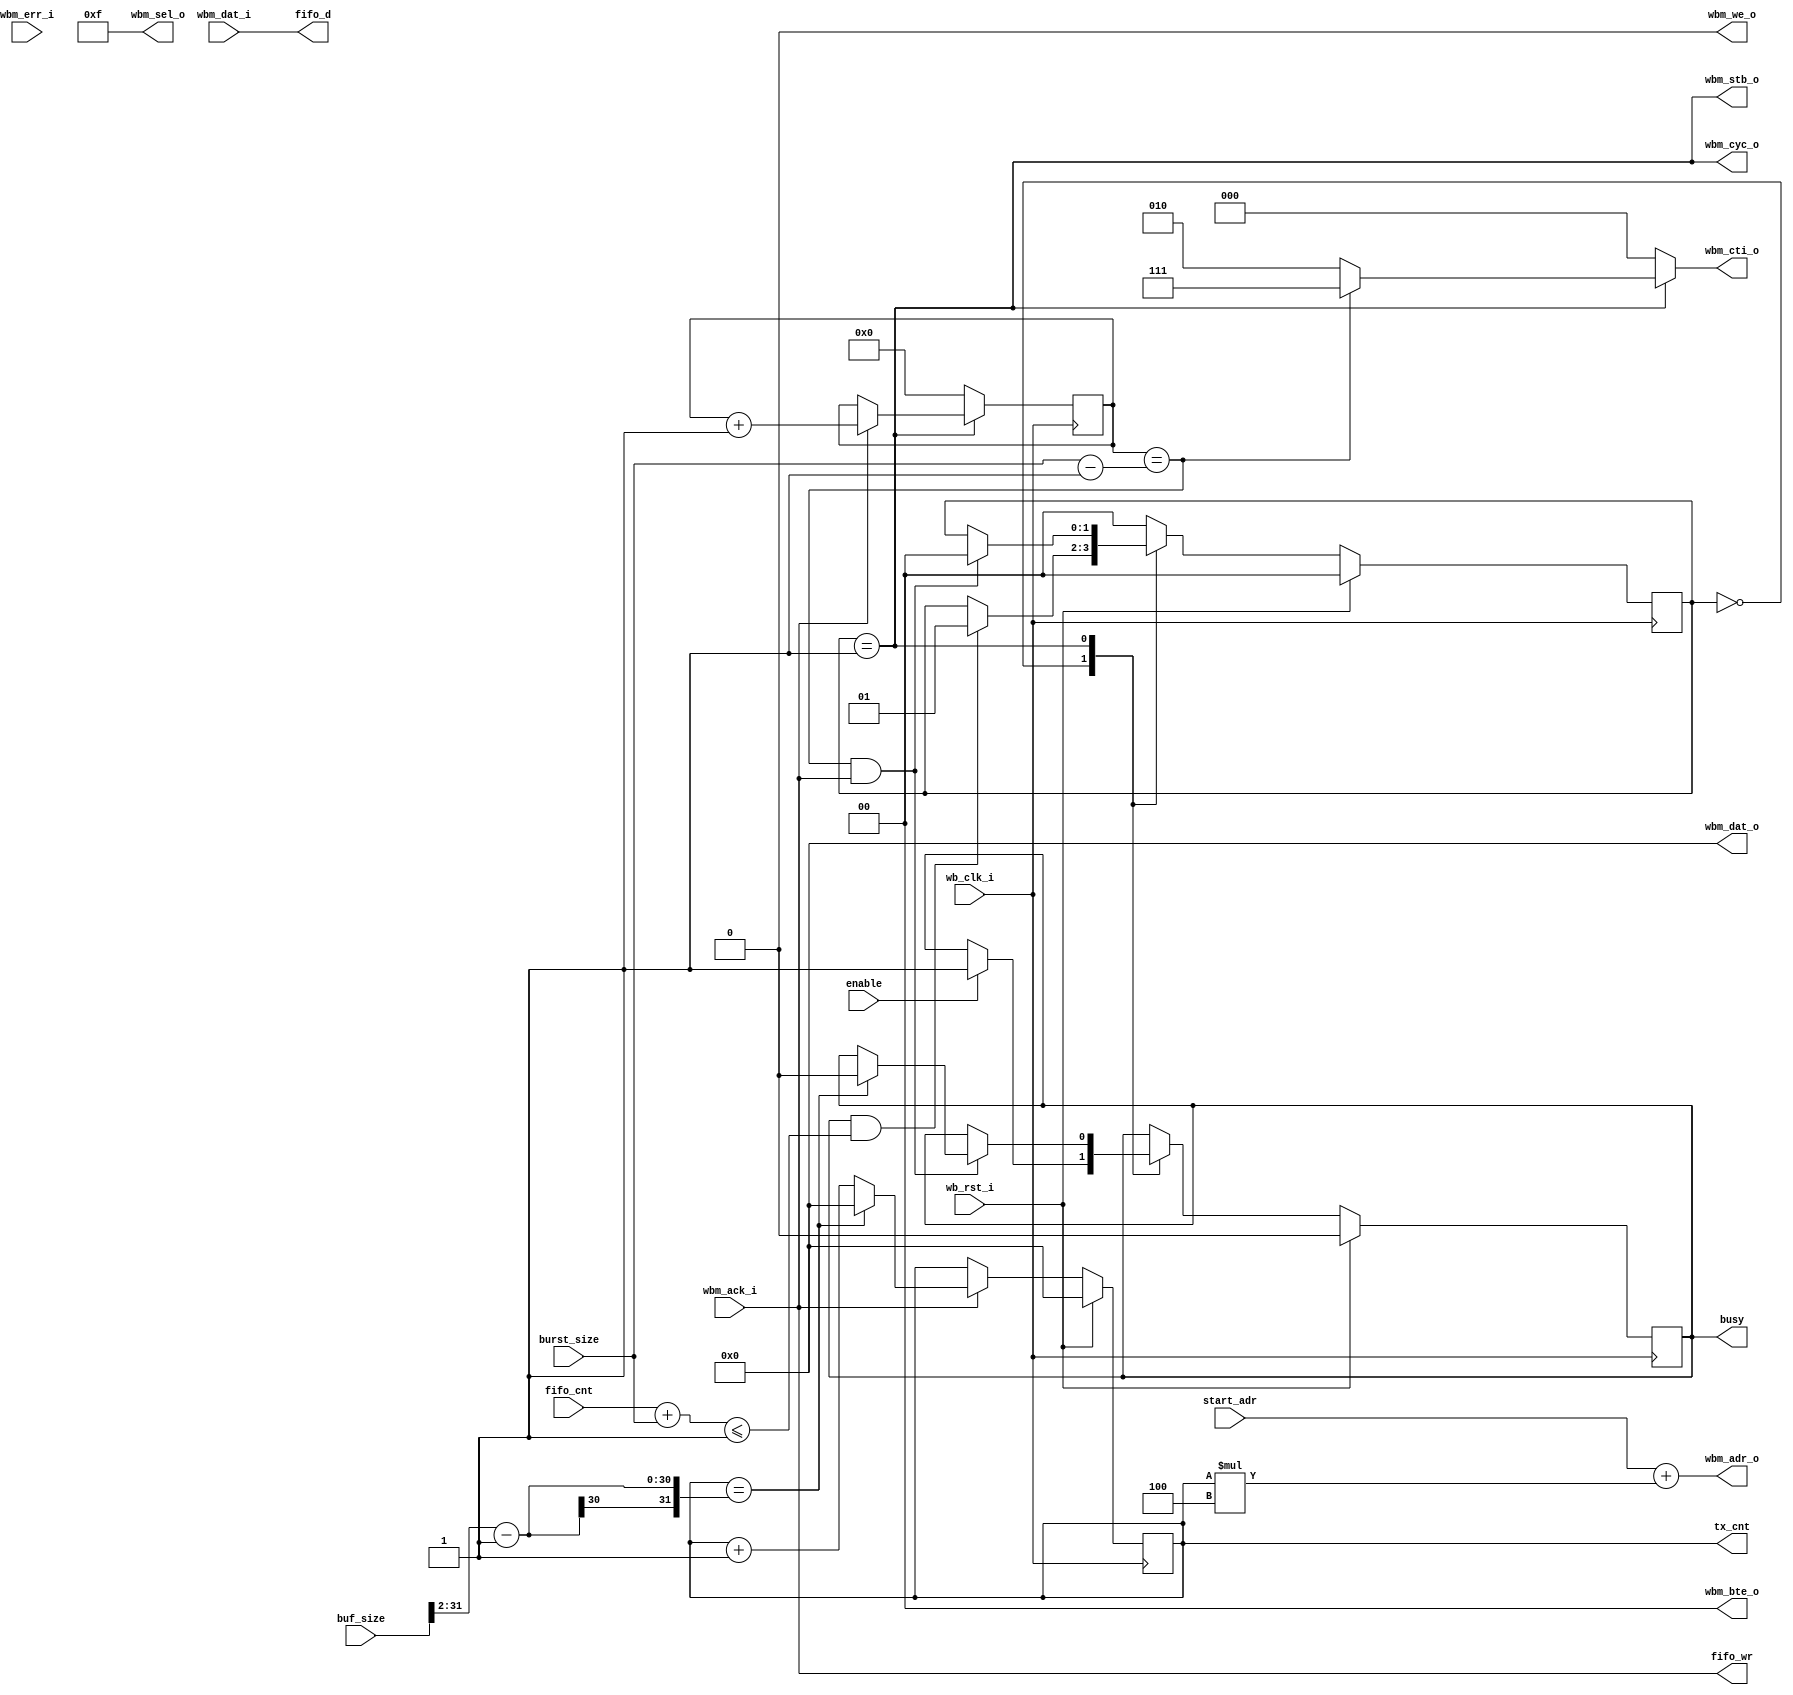
module wb_stream_writer_ctrl
  #(parameter WB_AW = 32,
    parameter WB_DW = 32,
    parameter FIFO_AW = 0,
    parameter MAX_BURST_LEN = 0)
  (
   input 		  wb_clk_i,
   input 		  wb_rst_i,
   output [WB_AW-1:0] 	  wbm_adr_o,
   output [WB_DW-1:0] 	  wbm_dat_o,
   output [WB_DW/8-1:0]   wbm_sel_o,
   output 		  wbm_we_o ,
   output 		  wbm_cyc_o,
   output 		  wbm_stb_o,
   output reg [2:0] 	  wbm_cti_o,
   output [1:0] 	  wbm_bte_o,
   input [WB_DW-1:0] 	  wbm_dat_i,
   input 		  wbm_ack_i,
   input 		  wbm_err_i,
   output [WB_DW-1:0] 	  fifo_d,
   output 		  fifo_wr,
   input [FIFO_AW:0] 	  fifo_cnt,
   output reg 		  busy,
   input 		  enable,
   output reg [WB_DW-1:0] tx_cnt,
   input [WB_AW-1:0] 	  start_adr,
   input [WB_AW-1:0] 	  buf_size,
   input [WB_AW-1:0] 	  burst_size);
   wire			    active;
   wire 		    timeout = 1'b0;
   reg 			    last_adr;
   reg [$clog2(MAX_BURST_LEN-1):0] burst_cnt;
   localparam S_IDLE   = 0;
   localparam S_ACTIVE = 1;
   reg [1:0] 			      state;
   wire 			      burst_end = (burst_cnt == burst_size-1);
   wire fifo_ready = (fifo_cnt+burst_size <= 2**FIFO_AW);
   always @(active or burst_end) begin
      wbm_cti_o = !active     ? 3'b000 :
		  burst_end   ? 3'b111 :
		  3'b010; 
   end
   assign active = (state == S_ACTIVE);
   assign fifo_d = wbm_dat_i;
   assign fifo_wr = wbm_ack_i;
   assign wbm_sel_o = 4'hf;
   assign wbm_we_o = 1'b0;
   assign wbm_cyc_o = active;
   assign wbm_stb_o = active;
   assign wbm_bte_o = 2'b00;
   assign wbm_dat_o = {WB_DW{1'b0}};
   assign wbm_adr_o = start_adr + tx_cnt*4;
   always @(posedge wb_clk_i) begin
      last_adr = (tx_cnt == buf_size[WB_AW-1:2]-1);
      if (wbm_ack_i)
	 if (last_adr)
	   tx_cnt <= 0;
	 else
	   tx_cnt <= tx_cnt+1;
      if(!active)
	burst_cnt <= 0;
      else
	if(wbm_ack_i)
	  burst_cnt <= burst_cnt + 1;
      case (state)
	S_IDLE : begin
	   if (busy & fifo_ready)
	     state <= S_ACTIVE;
	   if (enable)
	     busy <= 1'b1;
	end
	S_ACTIVE : begin
	   if (burst_end & wbm_ack_i) begin
	      state <= S_IDLE;
	      if (last_adr)
		busy <= 1'b0;
	   end
	end
	default : begin
	   state <= S_IDLE;
	end
      endcase 
      if(wb_rst_i) begin
	 state <= S_IDLE;
	 tx_cnt <= 0;
	 busy <= 1'b0;
      end
   end
endmodule